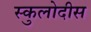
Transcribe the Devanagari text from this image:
स्कुलोदीस